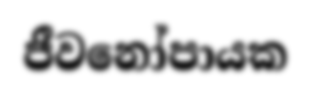
ජීවනෝපායක